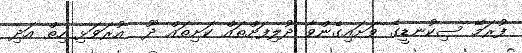
ފުރަމޭ ސިކުނޑީގެ ވަށައިގެންވާ ދުލިފަށްތައް ކަށިތައް ދޫ  އުރަވަޅި ހިތް އަދި